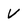
Character: v